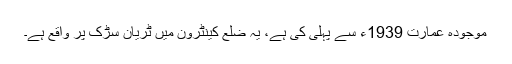
موجودہ عمارت 1939ء سے پہلی کی ہے، یہ ضلع کینٹرون میں ٹریان سڑک پر واقع ہے۔